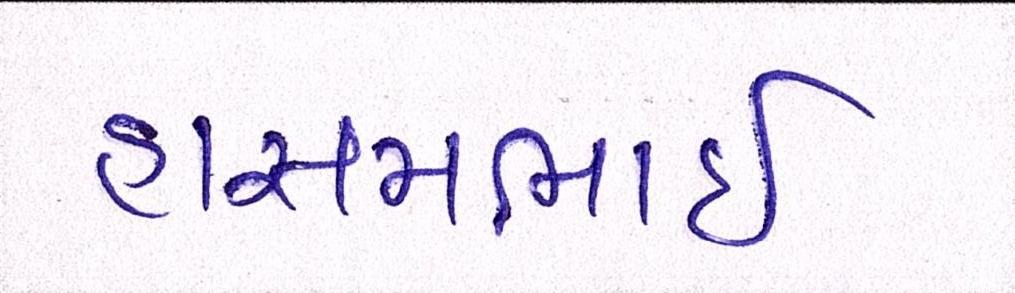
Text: હાસમભાઇ